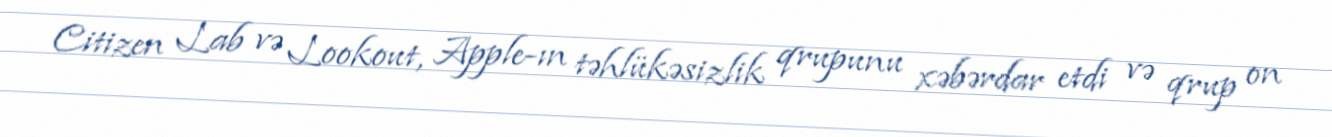
Citizen Lab və Lookout, Apple-ın təhlükəsizlik qrupunu xəbərdar etdi və qrup on